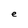
Character: e